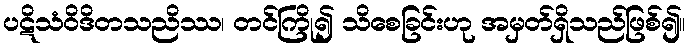
ပဋိသံဝိဒိတသညိဿ၊ တင်ကြို၍ သိစေခြင်းဟု အမှတ်ရှိသည်ဖြစ်၍။